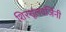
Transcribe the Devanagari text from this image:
शिरशूलवर्जिनी